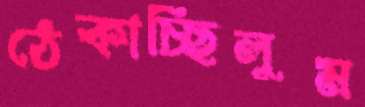
ঠেকাচ্ছিলুম